Eesti_Vabariigi_Tartu_Ulikool, lk 68
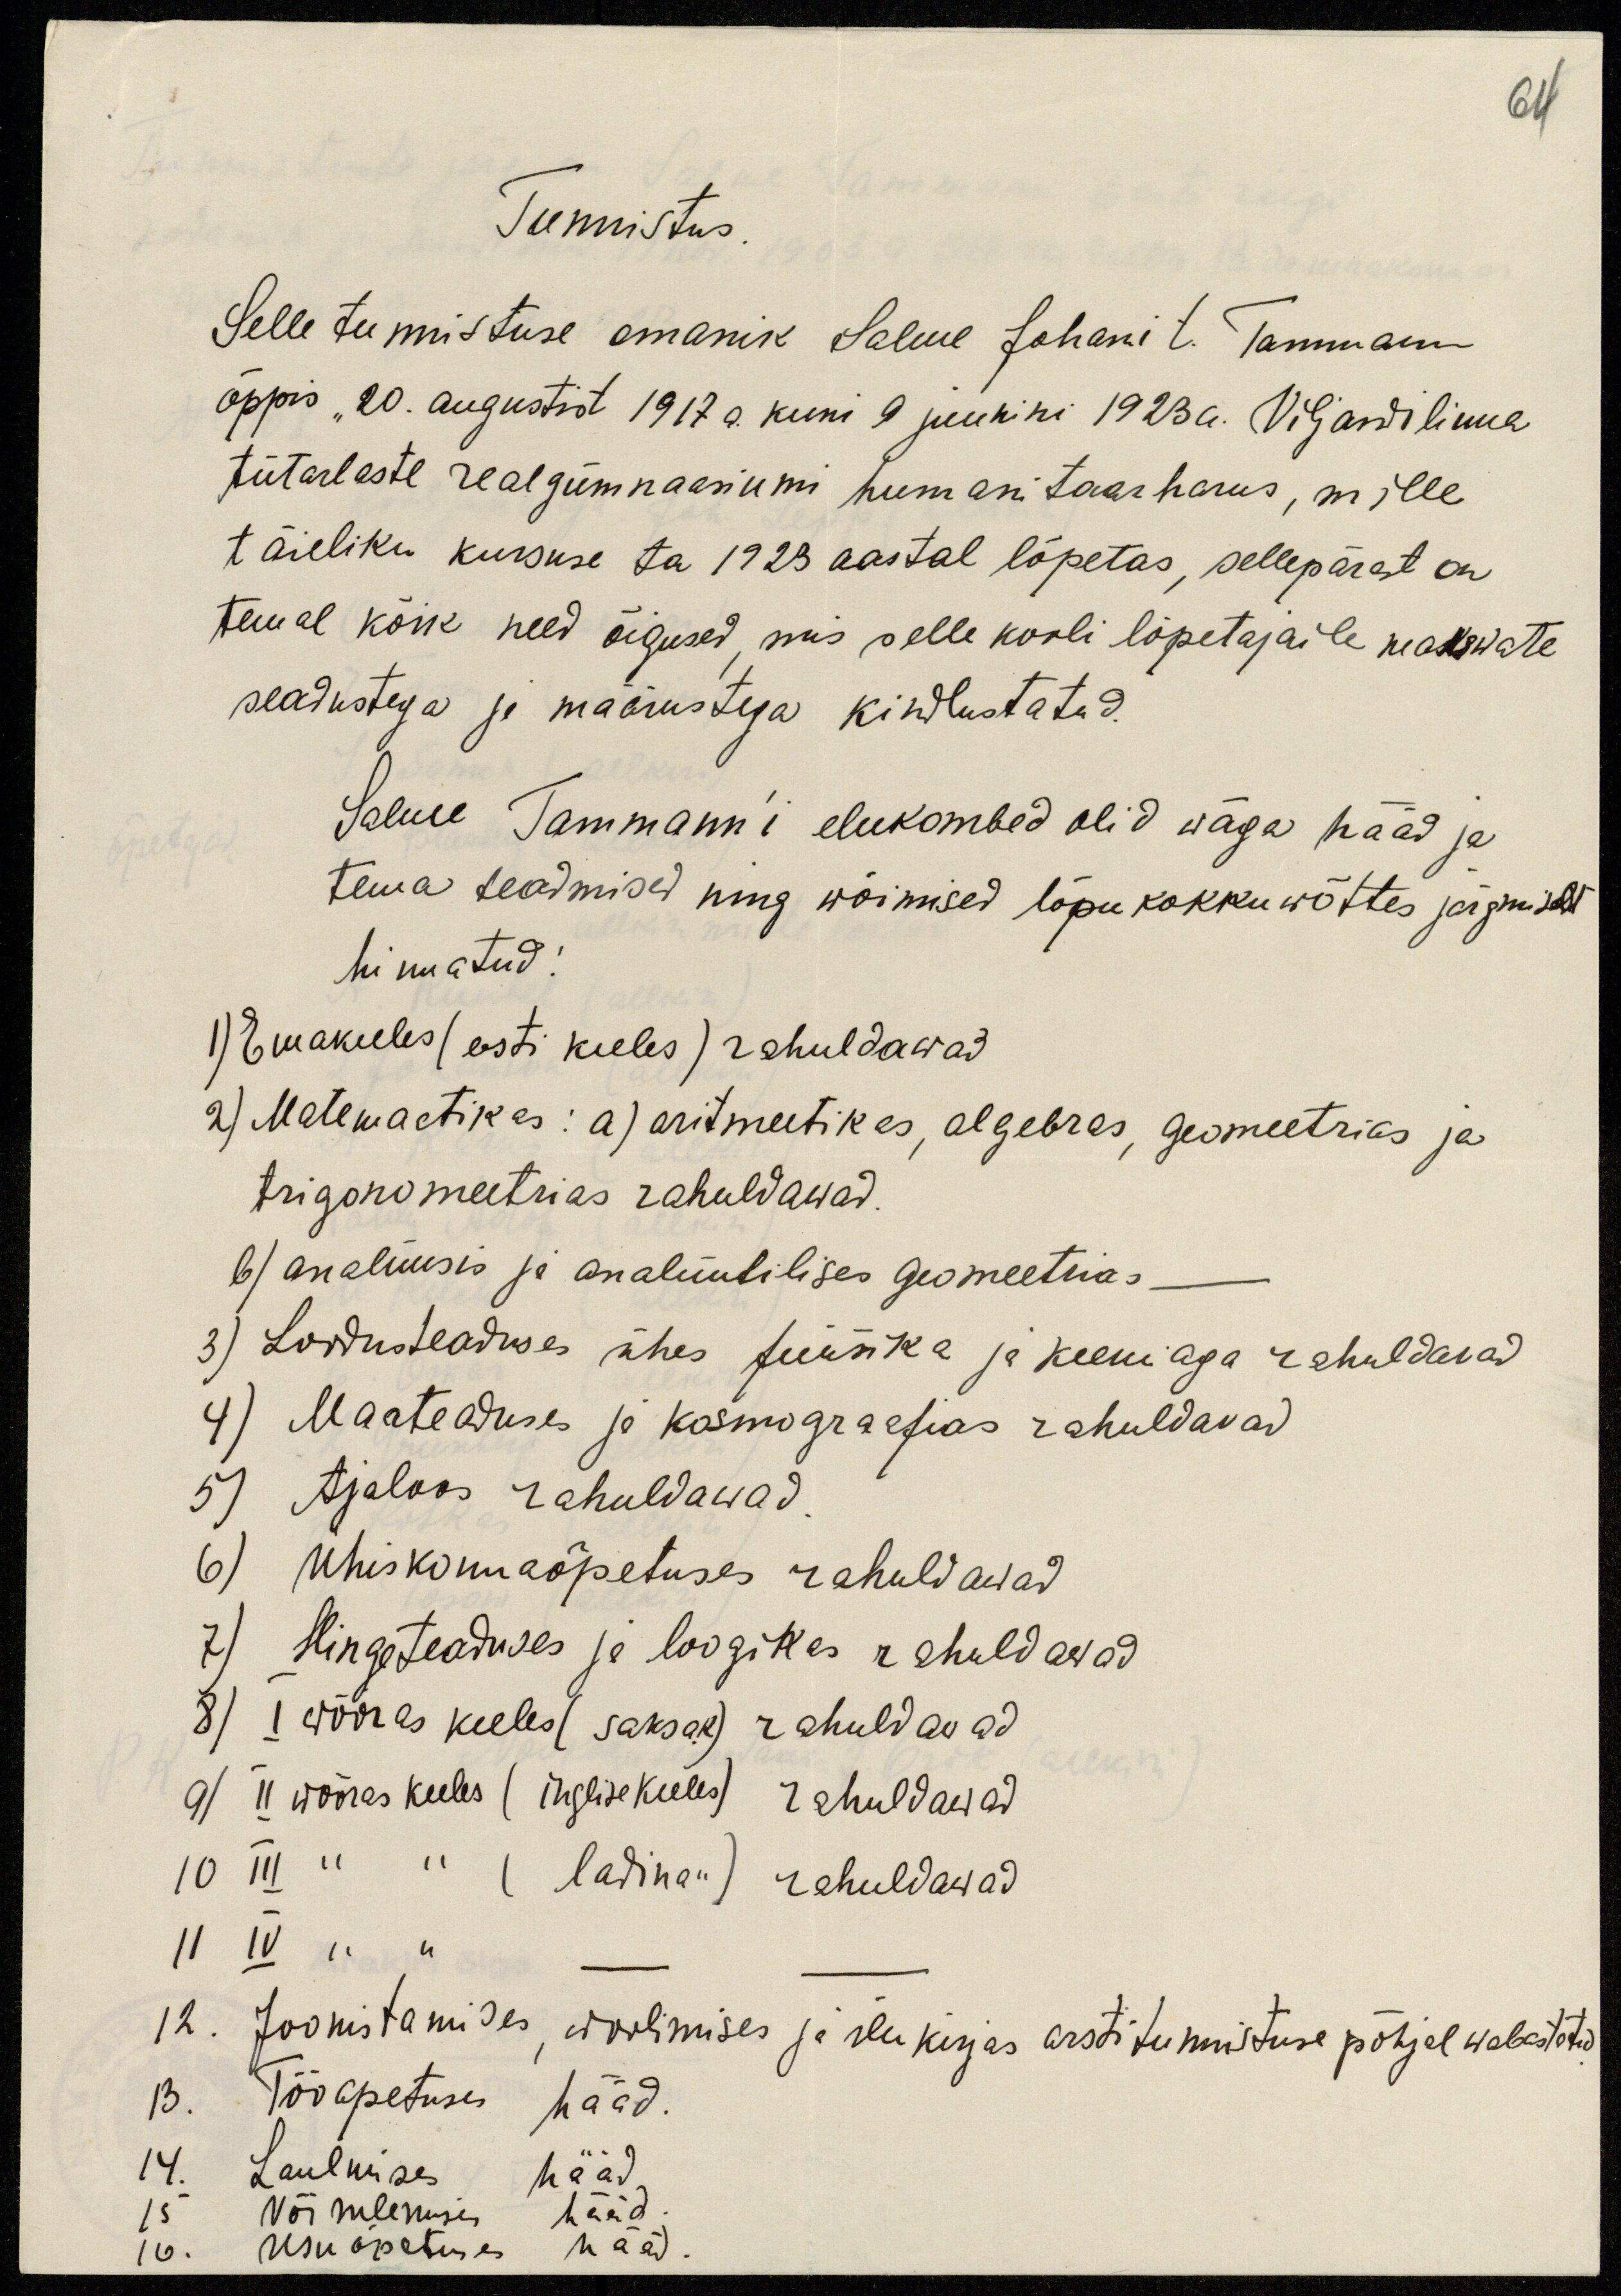
64
Tunnistus.
Selle tunnistuse omanik Salme Johani t. Tammann
õppis "20. augustist 1917 a. kuni 9 juunini 1923a. Viljandi linna
tütarlaste realgümnaasiumi humanitaarharus, mille
täieliku kursuse ta 1923 aastal lõpetas, sellepärast on
temal kõik need õigused, mis selle kooli lõpetajaile makswate
seadustega ja määrustega kindlustatud.
Salme Tammann'i elukombed olid wäga hääd ja
tema teadmised ning wõimised lõpu kokku wõttes järgmiselt
hinnatud:
1) Emakeeles (eesti keeles) rahuldawad
2) Matemaatikas: a) aritmeetikas, algebras, Geomeetrias ja
trigonomeetrias rahuldawad.
b) analüüsis ja analüütilises Geomeetrias. -
3) Loodusteaduses ühes füüsika ja keemiaga rahuldavad
4) Maateaduse ja kosmograafias rahuldavad
5) Ajaloos rahuldawad
6) ühiskonnaõpetuses rahuldawad
7) Hingeteaduses ja loogikas rahuldavad
8) I wõõras keeles (saksa k.) rahuldavad
9/ II wõõras keeles (inglise keeles) rahuldawad
10 III " " (ladina") rahuldawad
II IV " "
12. Joonistamises, woolimises ja ilu kirjas arstitunnistuse põhjal wabastatud
13. Töö opetuses hääd.
14. Laulmise hääd
15 Võimlemise hääd
16. usuõpetuse hääd